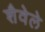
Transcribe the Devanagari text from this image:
शैवेले